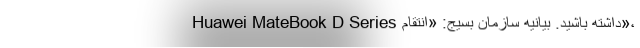
Huawei MateBook D Series داشته باشید. بیانیه سازمان بسیج: «انتقام»،